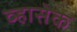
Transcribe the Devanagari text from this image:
व्हासेक